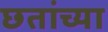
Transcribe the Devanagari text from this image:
छतांच्या